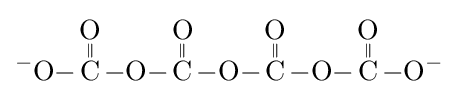
{\ce {^{-}O-{\overset {\displaystyle O \atop \|}{C}}-O-{\overset {\displaystyle O \atop \|}{C}}-O-{\overset {\displaystyle O \atop \|}{C}}-O-{\overset {\displaystyle O \atop \|}{C}}-O^{-}}}